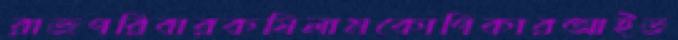
রাজপরিবারকষিলামকোপিকারআইড